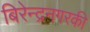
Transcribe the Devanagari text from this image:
बिरेन्द्रनगरकी